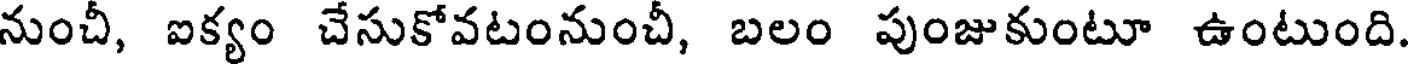
నుంచీ, ఐక్యం చేసుకోవటంనుంచీ, బలం పుంజుకుంటూ ఉంటుంది.